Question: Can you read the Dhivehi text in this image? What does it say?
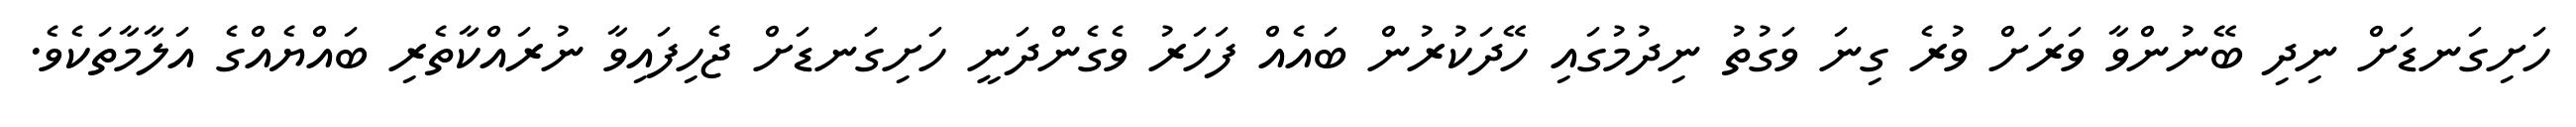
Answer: ހަށިގަނޑަށް ނިދި ބޭނުންވާ ވަރަށް ވުރެ ގިނަ ވަގުތު ނިދުމުގައި ހޭދަކުރުން ބައެއް ފަހަރު ވެގެންދަނީ ހަށިގަނޑަށް ޖެހިފައިވާ ނުރައްކާތެރި ބައްޔެއްގެ އަލާމާތަކެވެ.